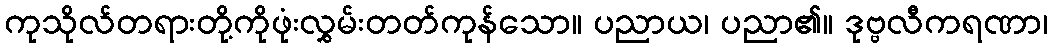
ကုသိုလ်တရားတို့ကိုဖုံးလွှမ်းတတ်ကုန်သော။ ပညာယ၊ ပညာ၏။ ဒုဗ္ဗလီကရဏာ၊